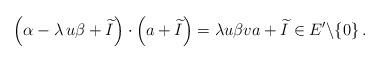
LaTeX: \begin{align*} \left( \alpha-\lambda\,u\beta + \widetilde I\right)\cdot \left(a + \widetilde I\right) = \lambda u\beta va + \widetilde I\in E'\backslash\{0\}\,. \end{align*}